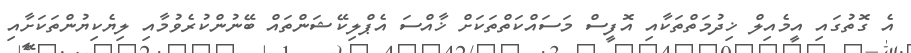
އެ ގޮތުގައި އީމެއިލް ޚިދުމަތްތަކާއި އޮފީސް މަސައްކަތްތަކަށް ޚާއްސަ އެޕްލިކޭޝަންތައް ބޭނުންކުރެވުމާއި ލިޔެކިޔުންތަކަށާއި